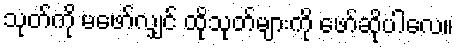
သုတ်ကို မဖော်လျှင် ထိုသုတ်များကို ဖော်ဆိုပါလေ။